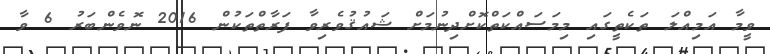
ވީމާ އަމިއްލަ ތަކެތީގައި މިމަސައްކަތްކޮށްދިނުމަށް ޝައުޤުވެރިވާ ފަރާތްތަކުން 2016 ނޮވެންބަރު 6 ވާ